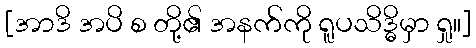
[အာဒိ အပိ စ တို့၏ အနက်ကို ရူပသိဒ္ဓိမှာ ရှု။]